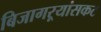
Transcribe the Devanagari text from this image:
बिजागऱ्यांसकट